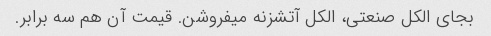
بجای الکل صنعتی، الکل آتشزنه میفروشن. قیمت آن هم سه برابر.